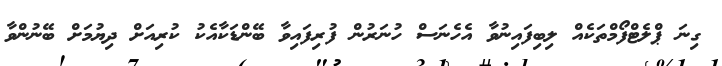
ގިނަ ޕްލެޓްފޯމްތަކެއް ލިބިފައިނުވާ އެހެނަސް ހުނަރުން ފުރިފައިވާ ބޭންޑަކާއެކު ކުރިއަށް ދިޔުމަށް ބޭނުންވާ